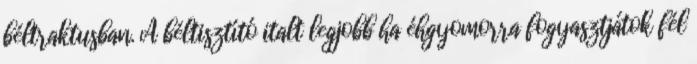
béltraktusban. A béltisztító italt legjobb ha éhgyomorra fogyasztjátok fél